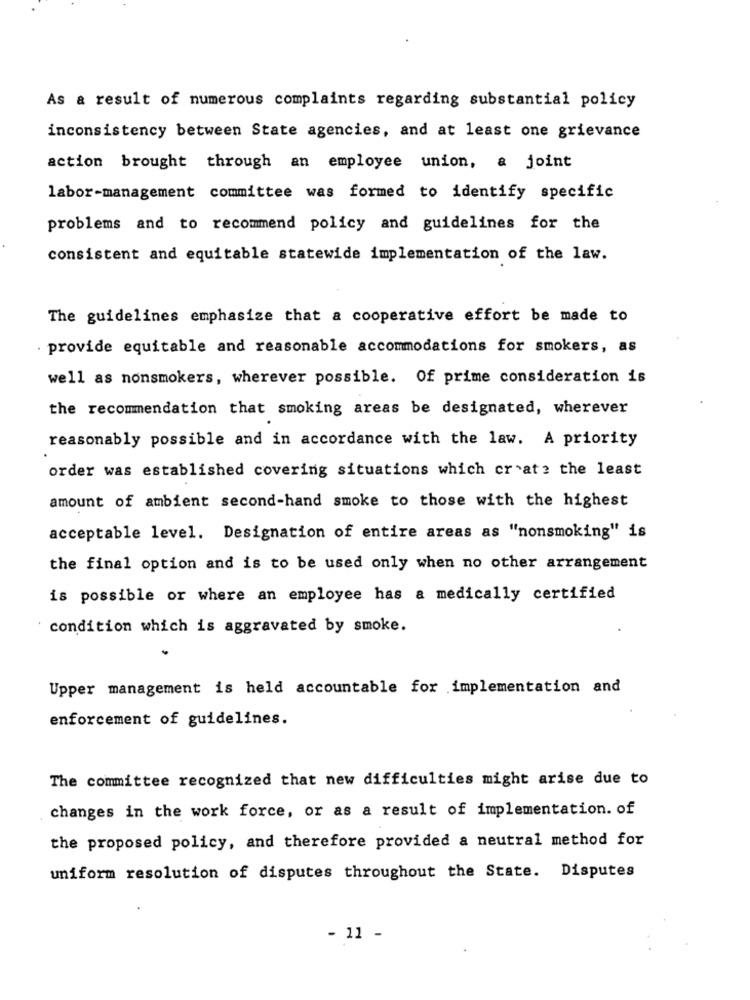
As a result of numerous complaints regarding substantial policy
inconsistency between State agencies, and at least one grievance
action brought through an employee union, a joint
labor-management committee was formed to identify specific
problems and to recommend policy and guidelines for the
consistent and equitable statewide implementation of the law.
The guidelines emphasize that a cooperative effort be made to
· provide equitable and reasonable accommodations for smokers, as
well as nonsmokers, wherever possible. Of prime consideration is
the recommendation that smoking areas be designated, wherever
reasonably possible and in accordance with the law. A priority
order was established covering situations which cr 'at? the least
amount of ambient second-hand smoke to those with the highest
acceptable level. Designation of entire areas as "nonsmoking" is
the final option and is to be used only when no other arrangement
is possible or where an employee has a medically certified
condition which is aggravated by smoke.
Upper management is held accountable for implementation and
enforcement of guidelines.
The committee recognized that new difficulties might arise due to
changes in the work force, or as a result of implementation. of
the proposed policy, and therefore provided a neutral method for
uniform resolution of disputes throughout the State. Disputes
- 11 -